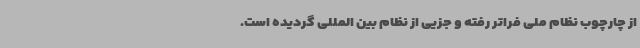
از چارچوب نظام ملی فراتر رفته و جزیی از نظام بین المللی گردیده است.